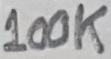
Text: 100K